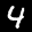
Label: 4